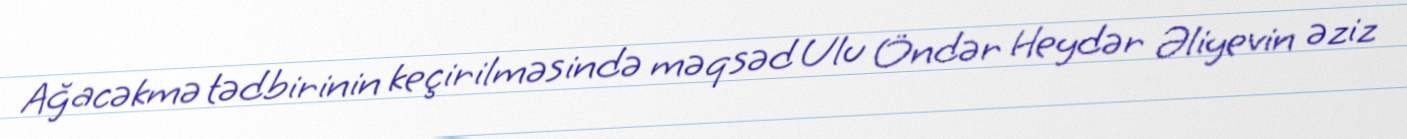
Ağacəkmə tədbirinin keçirilməsində məqsəd Ulu Öndər Heydər Əliyevin əziz